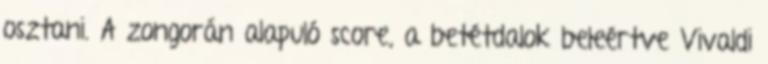
osztani. A zongorán alapuló score, a betétdalok beleértve Vivaldi